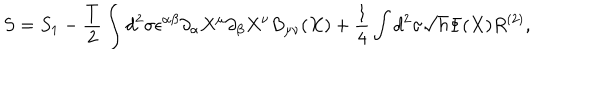
S = S _ { 1 } - \frac { T } { 2 } \int d ^ { 2 } \sigma \epsilon ^ { \alpha \beta } \partial _ { \alpha } X ^ { \mu } \partial _ { \beta } X ^ { \nu } B _ { \mu \nu } ( X ) + \frac { 1 } { 4 } \int d ^ { 2 } \sigma \sqrt { h } \Phi ( X ) R ^ { ( 2 ) } ,